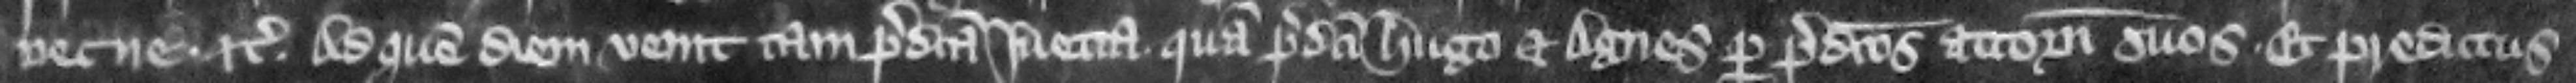
necne etc. Ad quem diem venit tam predicta Iuetta quam predicti Hugo et Agnes per predictos attornatos suos. et predictus